Annual report on the mental hospital in the Central Provinces and Berar (Nagpur) - 1927-1951
Year: 1927
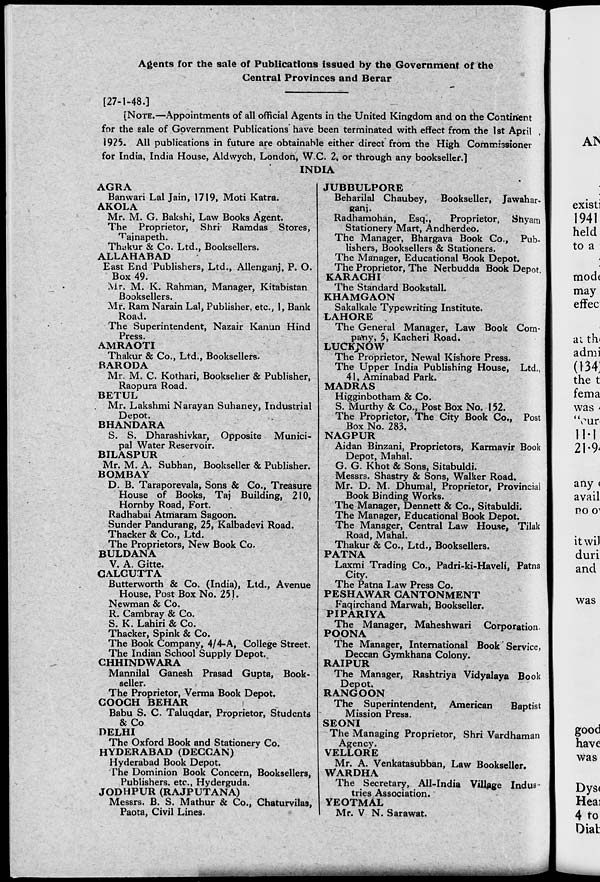
Agents for the sale of Publications issued by the Government of the
Central Provinces and Berar
[27-1-48.]
[NOTE.—Appointments of all official Agents in the United Kingdom and on the Continent
for the sale of Government Publications have been terminated with effect from the 1st April
1925. All publications in future are obtainable either direct from the High Commissioner
for India, India House, Aldwych, London, W.C. 2, or through any bookseller.]
INDIA
AGRA
Banwari Lai Jain, 1719, Moti Katra.
AKOLA
Mr. M. G. Bakshi, Law Books Agent.
The Proprietor, Shri Ramdas Stores,
Tajnapeth.
Thukur & Co. Ltd., Booksellers.
ALLAHABAD
East End Publishers, Ltd., Allenganj, P. O.
Box 49.
Mr. M. K. Rahman, Manager, Kitabistan
Booksellers.
Mr. Ram Narain Lai, Publisher, etc., 1, Bank
Road.
The Superintendent, Nazair Kanun Hind
Press. .
AMRAOTI
Thakur & Co., Ltd., Booksellers.
BARODA
Mr. M. C. Kothari, Bookseller & Publisher,
Raopura Road.
BETUL
Mr. Lakshmi Narayan Suhaney, Industrial
Depot.
BHANDARA
S. S. Dharashivkar, Opposite Munici-
pal Water Reservoir.
BILASPUR
Mr. M. A. Subhan, Bookseller & Publisher.
BOMBAY
D. B. Taraporevala, Sons & Co., Treasure
House of Books, Taj Building, 210,
Hornby Road, Fort.
Radhabai Atmaram Sagoon.
Sunder Pandurang, 25, Kalbadevi Road.
Thackerfc Co., Ltd.
The Proprietors, New Book Co.
BULDANA
V. A. Gitte.
CALCUTTA
Butterworth & Co. (India), Ltd., Avenue
House, Post Box No. 251.
Newman & Co.
R. Cambray & Co.
S. K. Lahiri & Co.
Thacker, Spink & Co.
The Book Company, 4/4-A, College Street.
The Indian School Supplv Depot.
CHHINDWARA
Mannilal Ganesh Prasad Gupta, Book-
seller.
The Proprietor, Verma Book Depot.
COOCH BEHAR
I
Babu S. C. Taluqdar, Proprietor, Students
&Co
DELHI
The Oxford Book and Stationery Co.
HYDERABAD (DECCAN)
Hyderabad Book Depot.
The Dominion Book Concern, Booksellers,
Publishers, etc., Hyderguda.
JODHPUR (RAJPUTANA)
Messrs. B. S. Mathur & Co., Chaturvilas,
Paota, Civil Lines.
JUBBULPORE
Beharilal Chaubey, Bookseller, Jawahar-
ganj.
Radhamohan, Esq.,
Proprietor, Shyam
Stationery Mart, Andherdeo.
The Manager, Bhargava Book Co., Pub-
lishers, Booksellers & Stationers.
The Manager, Educational Book Depot.
The Proprietor, The Nerbudda Book Depot
KARACHI
The Standard Bookstall.
KHAMGAON
Sakalkale Typewriting Institute.
LAHORE .
The General Manager, Law Book Com-
pany, 5, Kacheri Road.
LUCKNOW
The Proprietor, Newal Kishore Press.
The Upper India Publishing House, Ltd.,
41, Aminabad Park.
MADRAS
Higginbotham & Co.
S. Murthy & Co., Post Box No. 152.
The Proprietor, The City Book Co., Post
Box No. 283.
NAGPUR
Aidan Binzani, Proprietors, Karmavir Book
Depot, Mahal.
G. G. Khot & Sons, Sitabuldi.
Messrs. Shastry & Sons, Walker Road.
Mr. D. M. Dhumal, Proprietor, Provincial
Book Binding Works.
The Manager, Dennett & Co., Sitabuldi.
The Manager, Educational Book Depot.
The Manager, Central Law House, Tilak
Road, Mahal.
Thakur & Co., Ltd., Booksellers.
PATNA
Laxmi Trading Co., Padri-ki-Haveli, Patna
City.
The Patna Law Press Co.
PESHAWAR CANTONMENT
Faqirchand Marwah, Bookseller.
PIPARIYA
The Manager, Maheshwari Corporation.
POONA
The Manager, International Book' Service,
Deccan Gymkhana Colony.
RAIPUR
The Manager, Rashtriya Vidyalaya Book
Depot.
RANGOON
The Superintendent, American
Baptist
Mission Press.
SEONI
The Managing Proprietor, Shri Vardhaman
Agency.
VELLORE
Mr. A. Venkatasubban, Law Bookseller.
WARDHA
The Secretary, All-India Village Indus-
tries Association.
YEOTMAL
Mr. V N. Sarawat.
as
was